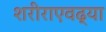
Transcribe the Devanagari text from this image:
शरीराएवढ्या